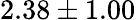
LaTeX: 2.38\pm 1.00